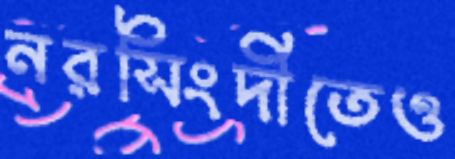
নরসিংদীতেও